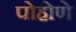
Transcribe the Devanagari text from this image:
पोहोणे